Leaving Certificate Examination, 1921
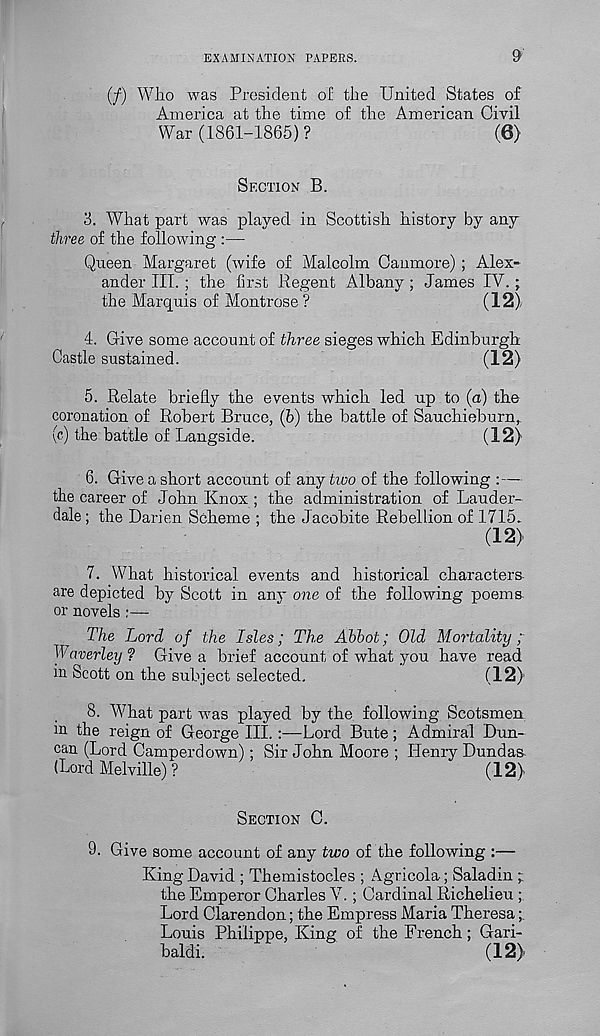
EXAMINATION PAPERS.
9
(/) Who was President of the United States of
America at the time of the American Civil
War (1861-1865) ?
(6)
SECTION B.
3. What part was played in Scottish history by any
three of the following :—
Queen Margaret (Avife of Malcolm Caumore) ; Alex-
ander TIL ; the first Regent Albany ; James IV.;
the Marquis of Montrose ?
(12)
4. Give some account of three sieges which Edinburgh
Castle sustained.
(12)
5. Relate briefly the events which led up to (a) the
coronation of Robert Bruce, (b) the battle of Sauchieburn,
(c) the battle of Langside.
(12)
6. Give a short account of any two of the following :—
the career of John Knox ; the administration of Lauder-
dale ; the Darien Scheme ; the Jacobite Rebellion of 1715.
(12)
7. What historical events and historical characters
are depicted by Scott in any one of the following poems
or novels :—
The Lord of the Isles; The Abbot; Old Mortality
Waverley ? Give a brief account of what you have read
in Scott on the subject selected.
(12)
8. What part was played by the following Scotsmen
in the reign of George III. :—Lord Bute; Admiral Dun-
can (Lord Camperdown); Sir John Moore ; Henry Dundas.
(Lord Melville) ?
(12)
SECTION C.
9. Give some account of any two of the following :—
King David ; Themistocles ; Agricola-; Saladin ;
the Emperor Charles V. ; Cardinal Richelieu ;
Lord Clarendon; the Empress Maria Theresa
Louis Philippe, King of the French; Gari-
baldi.
(12)